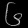
Digit: ၆